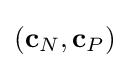
({\textbf {c}}_{N},{\textbf {c}}_{P})